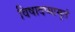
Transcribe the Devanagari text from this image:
विषादप्यामृतं